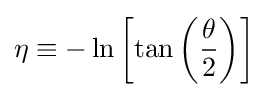
\eta \equiv -\ln \left[\tan \left({\frac {\theta }{2}}\right)\right]